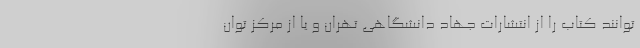
‌توانند کتاب را از انتشارات جهاد دانشگاهی تهران و یا از مرکز توان